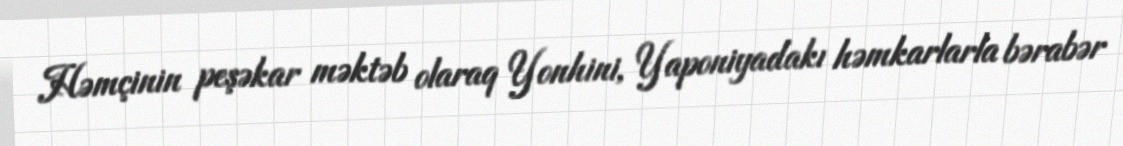
Həmçinin peşəkar məktəb olaraq Yonhini, Yaponiyadakı həmkarlarla bərabər